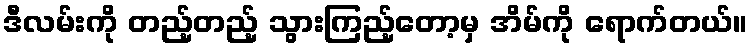
ဒီလမ်းကို တည့်တည့် သွားကြည့်တော့မှ အိမ်ကို ရောက်တယ်။